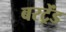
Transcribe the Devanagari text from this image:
बरट्रेंड